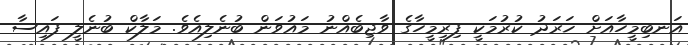
އަނބިމީހާއަށް ޚަރަދު ކުރުމަކީ ފިރިމީހާގެ ވާޖިބެއްނު މައުވަން ބުނެލިއެވެ. މަލާކް ބުނެލީ ފައިސާ